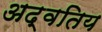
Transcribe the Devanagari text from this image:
अद्वतिय